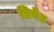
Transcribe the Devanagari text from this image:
प्रिवेट